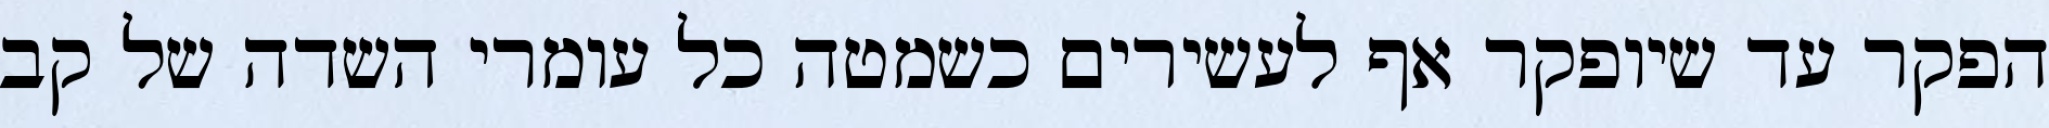
הפקר עד שיופקר אף לעשירים כשמטה כל עומרי השדה של קב